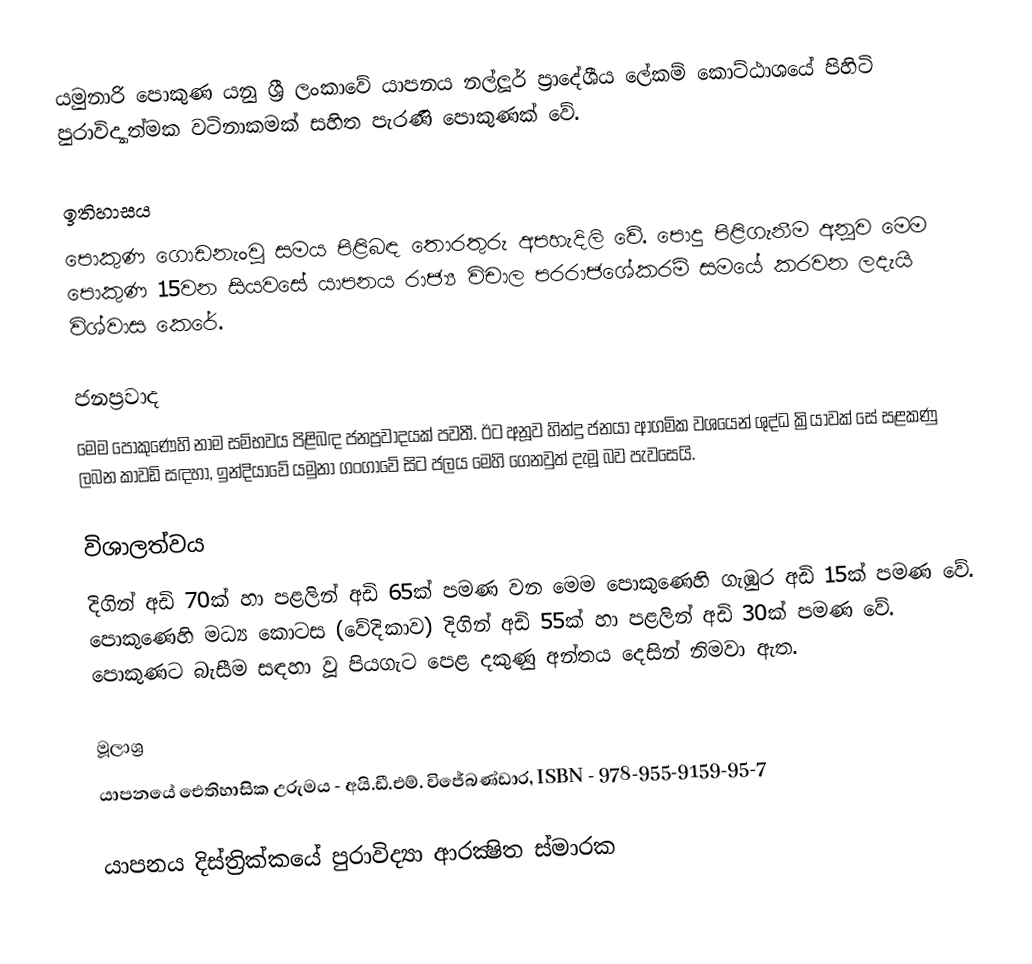
යමුනාරි පොකුණ යනු ශ්‍රී ලංකාවේ යාපනය නල්ලූර් ප්‍රාදේශීය ලේකම් කොට්ඨාශයේ පිහිටි පුරාවිද්‍යාත්මක වටිනාකමක් සහිත පැරණි පොකුණක් වේ.

ඉතිහාසය
පොකුණ ගොඩනැංවූ සමය පිළිබඳ තොරතුරු අපහැදිලි වේ. පොදු පිළිගැනීම අනූව මෙම පොකුණ 15වන සියවසේ යාපනය රාජ්‍ය විචාල පරරාජශේකරම් සමයේ කරවන ලදැයි විශ්වාස කෙරේ.

ජනප්‍රවාද
මෙම පොකුණෙහි නාම සම්භවය පිළිබඳ ජනප්‍රවාදයක් පවතී. ඊට අනූව හින්දු ජනයා ආගමික වශයෙන් ශුද්ධ ක්‍රියාවක් සේ සළකණු ලබන කාවඩි සඳහා, ඉන්දියාවේ යමුනා ගංගාවේ සිට ජලය මෙහි ගෙනවුත් දැමූ බව පැවසෙයි.

විශාලත්වය
දිගින් අඩි 70ක් හා පළලින් අඩි 65ක් පමණ වන මෙම පොකුණෙහි ගැඹුර අඩි 15ක් පමණ වේ. පොකුණෙහි මධ්‍ය කොටස (වේදිකාව) දිගින් අඩි 55ක් හා පළලින් අඩි 30ක් පමණ වේ. පොකුණට බැසීම සඳහා වූ පියගැට පෙළ දකුණු අන්තය දෙසින් නිමවා ඇත.

මූලාශ්‍ර
 යාපනයේ ඓතිහාසික උරුමය - අයි.ඩී.එම්. විජේබණ්ඩාර, ISBN - 978-955-9159-95-7

යාපනය දිස්ත්‍රික්කයේ පුරාවිද්‍යා ආරක්‍ෂිත ස්මාරක